65_HS1-834228961_62-HQ-83894_Section_6
Agency: FBI
Page 266
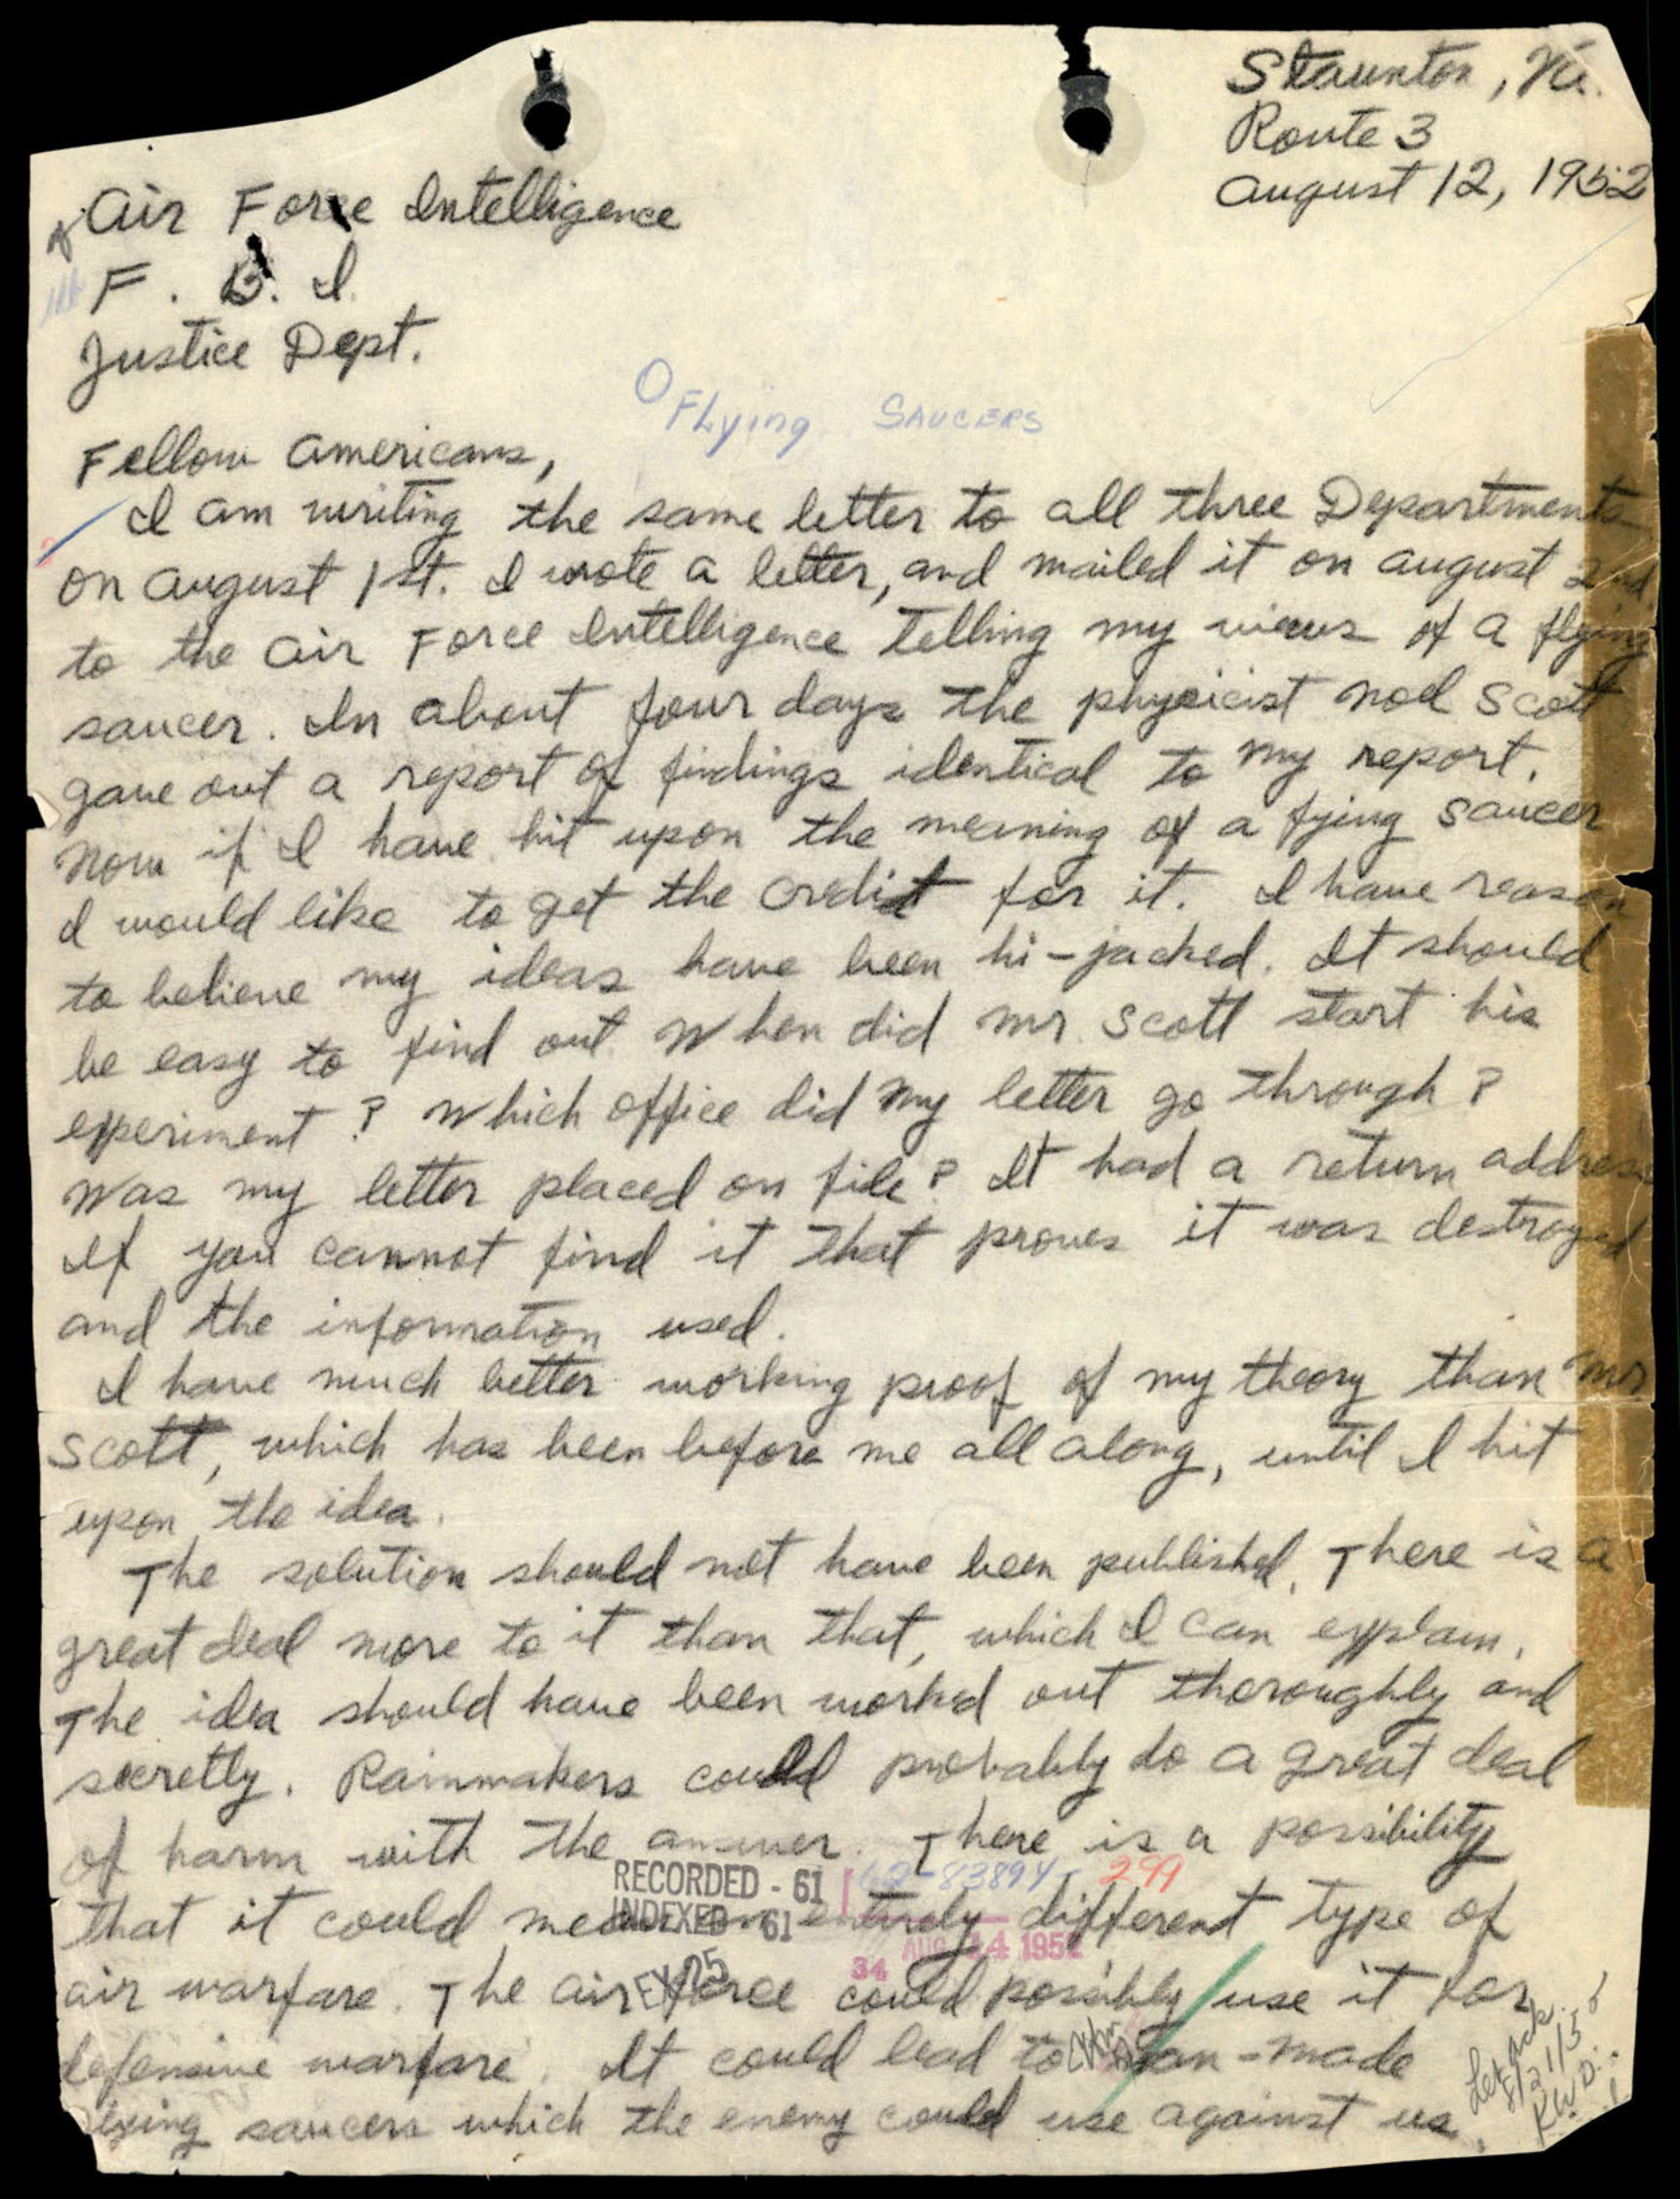